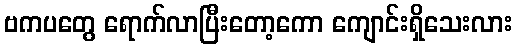
ဗကပတွေ ရောက်လာပြီးတော့ကော ကျောင်းရှိသေးလား